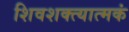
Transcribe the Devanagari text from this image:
शिवशक्त्यात्मकं